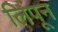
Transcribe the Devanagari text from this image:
लिंपून